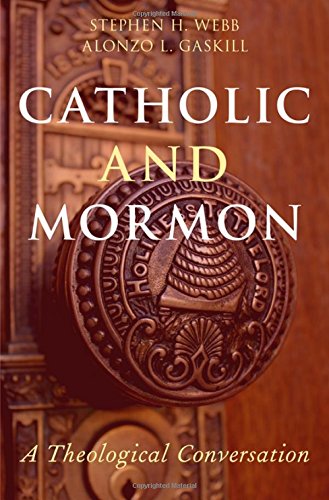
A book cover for Catholic and Mormon: A Theological Conversation; Stephen H. Webb; Christian Books & Bibles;